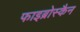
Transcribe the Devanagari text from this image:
फाइब्रोस्कैन